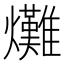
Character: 𤓌